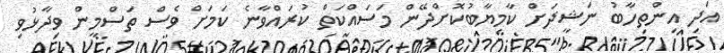
އަދި އިންތިހާބު ނަޝީދަށް ކާމިޔާބުކޮށްދޭން މަސައްކަތް ކުރައްވާނެ ކަމަށް ވެސް ތަސްމީން ވިދާޅުވި